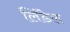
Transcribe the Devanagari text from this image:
लिंडेल